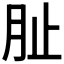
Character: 𭨪